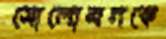
সোলোমনকে